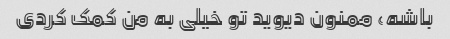
باشه، ممنون دیوید تو خیلی به من کمک کردی